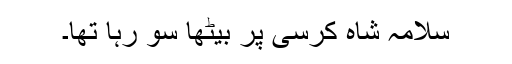
سلامہ شاہ کرسی پر بیٹھا سو رہا تھا۔